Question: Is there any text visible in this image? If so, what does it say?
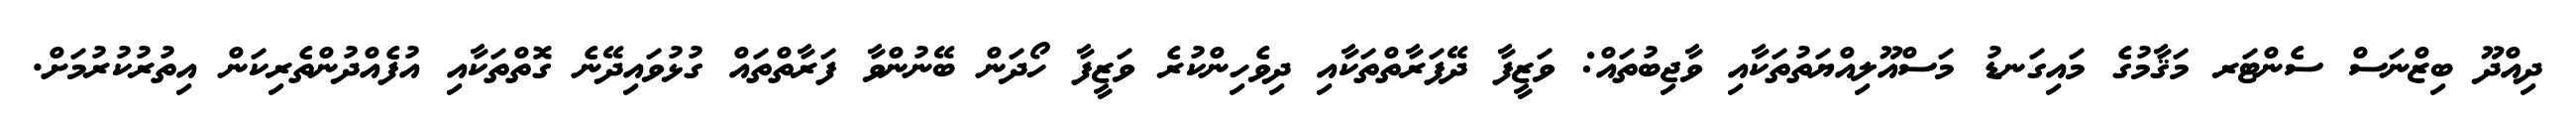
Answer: ދިއްދޫ ބިޒްނަސް ސެންޓަރ މަޤާމުގެ މައިގަނޑު މަސްއޫލިއްޔަތުތަކާއި ވާޖިބުތައް: ވަޒީފާ ދޭފަރާތްތަކާއި ދިވެހިންކުރެ ވަޒީފާ ހޯދަން ބޭނުންވާ ފަރާތްތައް ގުޅުވައިދޭނެ ގޮތްތަކާއި އުފެއްދުންތެރިކަން އިތުރުކުރުމަށް.